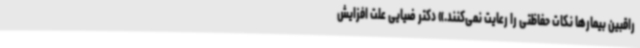
راقبین بیمارها نکات حفاظتی را رعایت نمی‌کنند.» دکتر ضیایی علت افزایش